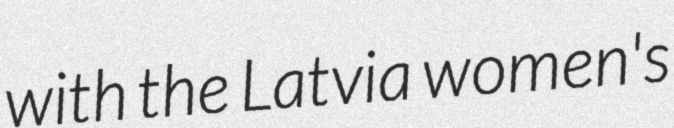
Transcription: with the Latvia women's